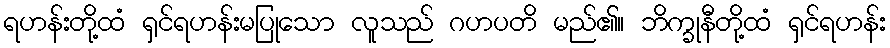
ရဟန်းတို့ထံ ရှင်ရဟန်းမပြုသော လူသည် ဂဟပတိ မည်၏။ ဘိက္ခုနီတို့ထံ ရှင်ရဟန်း